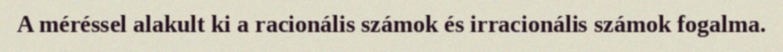
A méréssel alakult ki a racionális számok és irracionális számok fogalma.